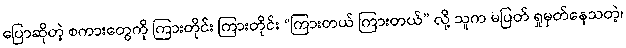
ပြောဆိုတဲ့ စကားတွေကို ကြားတိုင်း ကြားတိုင်း “ကြားတယ် ကြားတယ်” လို့ သူက မပြတ် ရှုမှတ်နေသတဲ့၊